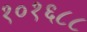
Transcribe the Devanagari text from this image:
१०१६८८